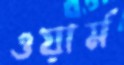
ওয়ার্ম